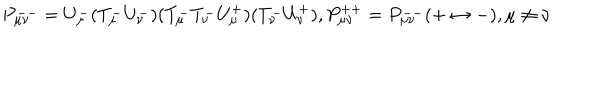
P _ { \mu \nu } ^ { -- } = U _ { \mu } ^ { - } ( T _ { \mu } ^ { - } U _ { \nu } ^ { - } ) ( T _ { \mu } ^ { - } T _ { \nu } ^ { - } U _ { \mu } ^ { + } ) ( T _ { \nu } ^ { - } U _ { \nu } ^ { + } ) , P _ { \mu \nu } ^ { + + } = P _ { \mu \nu } ^ { -- } ( + \leftrightarrow - ) , \mu \neq \nu